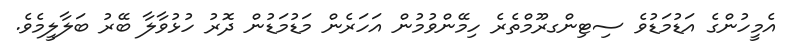
އެމީހުންގެ އަޑުމަޑުވެ ސިޓިންގރޫމްތެރެ ހިމޭންވުމުން އަހަރެން މަޑުމަޑުން ދޮރު ހުޅުވާލާ ބޭރު ބަލާލީމެވެ.